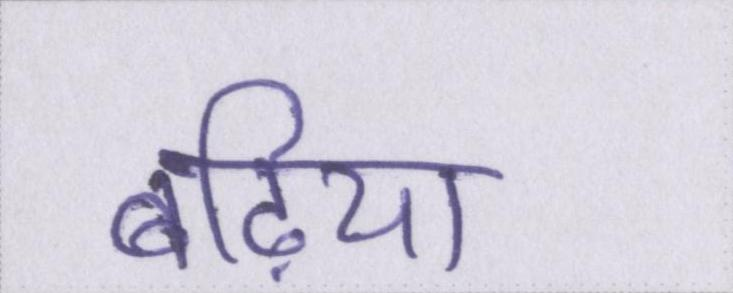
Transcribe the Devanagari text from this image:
बढ़िया